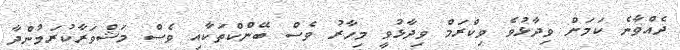
ދެއްވާނެ ކަަމަށް ވިދާޅުވެ ވިކްރަމް ވިދާޅުވީ މިހާރު ވެސް ބޭންކްތަކާއި ވެސް މަޝްވަރާކުރަމުންދާ